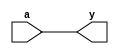
// -------------------------------------------------------------
// 
// 
// Generated by MATLAB 9.0 and HDL Coder 3.8
// 
// -------------------------------------------------------------


// -------------------------------------------------------------
// 
// Module: Process_Output_1
// Source Path: untitled/Pattern Recognition Neural Network/Process Output 1
// Hierarchy Level: 1
// 
// -------------------------------------------------------------

`timescale 1 ns / 1 ns

module Process_Output_1
          (
           a,
           y
          );


  input   [63:0] a;  // double
  output  [63:0] y;  // double




  assign y = a;

endmodule  // Process_Output_1